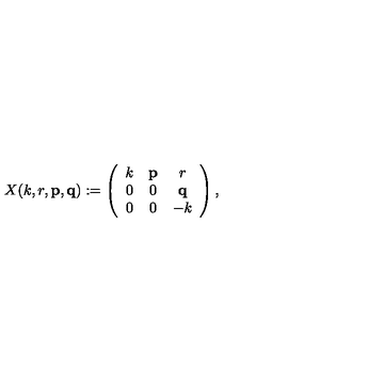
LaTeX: X ( k , r , { \bf p } , { \bf q } ) : = \left( \begin{array} { c c c } { k } & { { \bf p } } & { r } \\ { 0 } & { 0 } & { { \bf q } } \\ { 0 } & { 0 } & { - k } \\ \end{array} \right) ,